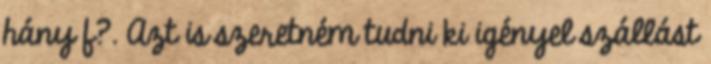
hány f?. Azt is szeretném tudni ki igényel szállást